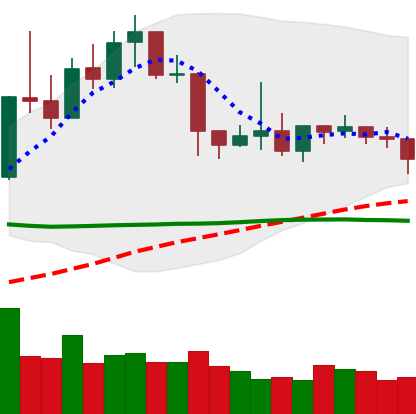
Ticker: XLM-USD
Chart end date: 2019-04-21
Forward return: -11.8%
Label: down_7plus